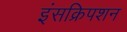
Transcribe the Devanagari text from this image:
इंसक्रिपशन